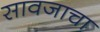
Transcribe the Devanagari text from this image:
सावजाचा